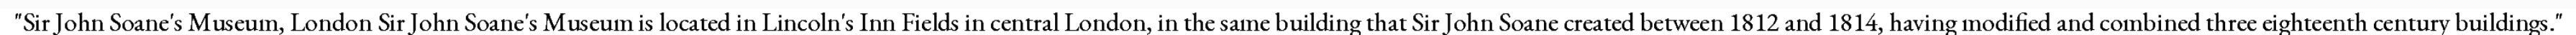
"Sir John Soane's Museum, London Sir John Soane's Museum is located in Lincoln's Inn Fields in central London, in the same building that Sir John Soane created between 1812 and 1814, having modified and combined three eighteenth century buildings."